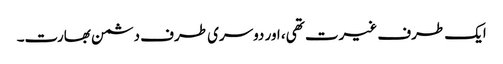
ایک طرف غیرت تھی، اور دوسری طرف دشمن بھارت۔